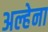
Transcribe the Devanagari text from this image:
अल्हेना